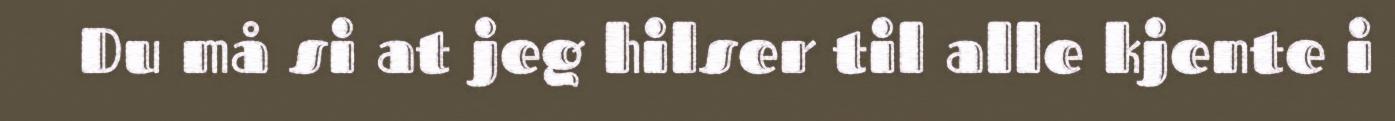
Du må si at jeg hilser til alle kjente i